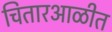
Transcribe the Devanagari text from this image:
चितारआळीत